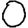
Digit: 0